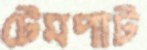
টেমপাট